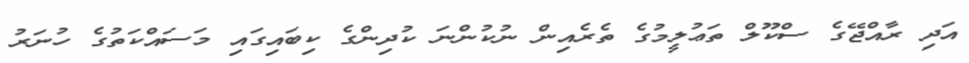
އަދި ރާއްޖޭގެ ސްކޫލް ތަޢުލީމުގެ ތެރެއިން ނުކުންނަ ކުދިންގެ ކިބައިގައި މަސައްކަތުގެ ހުނަރު